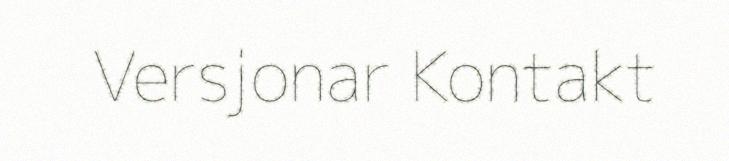
Versjonar Kontakt